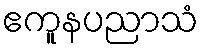
ဧကူနပညာသံ